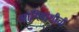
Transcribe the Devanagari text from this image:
आदिवाशीची